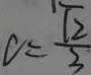
c = \frac { \sqrt { 2 } } { 3 }